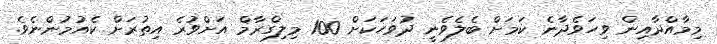
މިމާއްދާއިން ވިހަވެދާނެ ކަަމަށް ބެލެވެނީ ދުވަހަކަށް 100 މިލިގްރާމް އަށްވުރެ އިތުރަށް ކެއުމުންނެވެ.